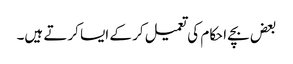
بعض بچے احکام کی تعمیل کر کے ایسا کرتے ہیں۔